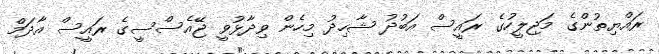
ރައްޔިތުންގެ މަޖިލީހުގެ ރައީސް އަބުދު ޝާހިދު މިހެން ވިދާޅުވީ ޖޭއެސްސީގެ ރައީސް އާދަމް